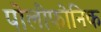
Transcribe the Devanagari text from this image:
पोलीफोनिक